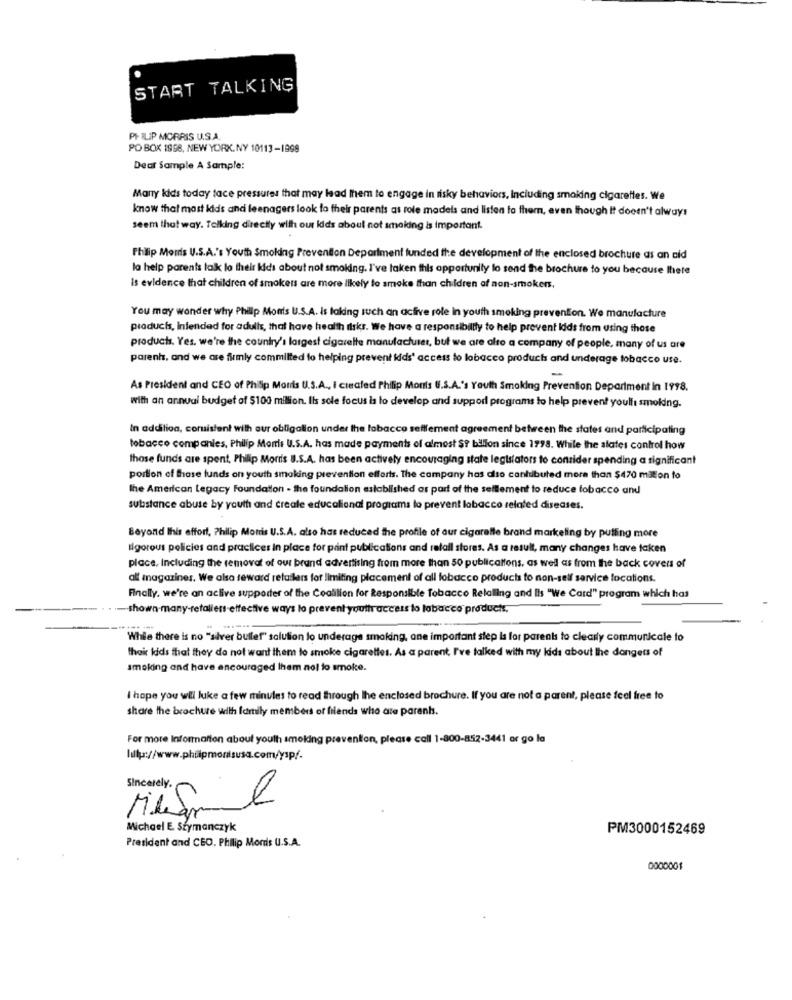
START TALKING
PHILIP MORRIS U.S.A.
PO BOX 1998, NEW YORK, NY 10113-1999
Dear Sample A Sample:
Many kids today tace pressures that may lead them to engage in risky behaviors, Including smoking cigarettes. We
know that most kids and leenagers look to their parents as role models and listen to them, even though It doesn't always
seem that way. Tolking directly with our idds about not smaking is important.
Philip Morris U.S.A.'s Youth Smoking Prevention Department funded the development of the enclosed brochure as an aid
la help parents tak lo their kids about not smoking. I've taken this opportunity lo send the brochure to you because lhete
Is evidence that children of smokers are more ilkely to smoke than children of non-smokers,
You may wonder why Philip Monts U.S.A. Is taking such an active role in youth smoking prevention. We manufacture
producis, intended for adults, that have health itsks. We have a responsibility to help prevent Idds from using those
products. Yes. we're the country's largest cigarette manufacturer, but we are alto a company of people, many of us are
parent, and we are firmly committed to helping prevent kids' access to lobacco produch and underage tobacco use.
-
As President and CEO of Philip Morris U.S.A ., I created Philip Moris U.S.A.'s Youth Smoking Prevention Department In 1998.
with an annual budget of $100 million. Ils sole focus ha lo develop and support programs to help prevent youll smoking.
In addition, coruistent with our obligation under the tobacco sefffement agreement between the states and participating
tobacco companies, Philip Morris U.S.A. has made payments of almost $? bilion since 1998. While the alates control how
those funds are spent, Philip Morris 8.S.A. has been actively encouraging state legislators to consider spending a significant
portion of those funds on youth smoking prevention efforts. The company has also canluibuted more than $470 milion to
the American Legacy Foundation - the foundation established as part of the settlement to reduce tobacco and
substance abuse by youth and create educational programs la prevent labacco related diseases.
Beyond Ihis effort, Philip Morris U.S.A. also has reduced the profile of aur cigarelle brand marketing by putting more
Rigorous policies and practices in place for paint publications and retail stores. As a result, many changes have taken
place, Including the removal of our brand advertising from more than 50 publications, as well as from the back cover of
all magazines. We also seward retailers for limiting placement of all tobacco products to non-self service locations.
Finally. we're an aclive supporter of the Coalition for Responsible Tobacco Relalling and Ils "We Card" program which has
-shown-many-retaliens-effective ways lo prevent youtiraccess to tobacco products.
While there is no "silver bullet" solution lo underage smoking, ane important step is for parents to clearly communicale to
their kids that they do not want them to smoke cigarettes. As a parent, I've talked with my kids about the dangers of
smoking and have encouraged them nol to smoke.
I hope you will luke a few minutes to read through lhe enclosed brochure. If you are not a parent, please feel free to
share the brochure with family members of filends who are parents.
For more Information about youth smoking prevention, please call 1-800-852-3441 or go la
Sincerely.
Michael E. Szymanczyk
PM3000152469
President and CEO, Philip Morris U.S.A.
0000001